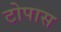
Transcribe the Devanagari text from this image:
टोपास